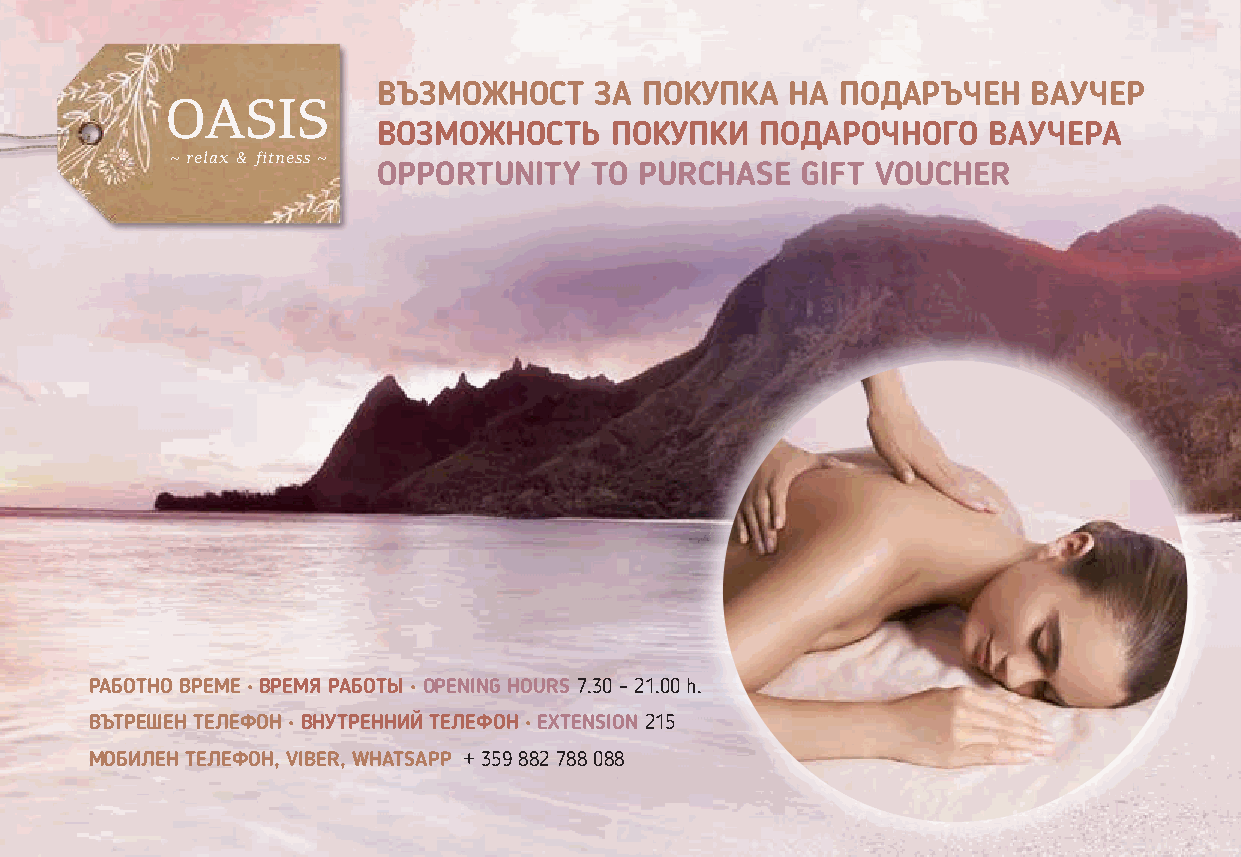
ВЪЗМОЖНОСТ    ЗА  ПОКУПКА  НА  ПОДАРЪЧЕН   ВАУЧЕР
 OASIS
 ВОЗМОЖНОСТЬ    ПОКУПКИ   ПОДАРОЧНОГО    ВАУЧЕРА
 ~ relax & fitness ~
 OPPORTUNITY   TO PURCHASE   GIFT VOUCHER
 РАБОТНО ВРЕМЕ • ВРЕМЯ РАБОТЫ • OPENING HOURS 7.30 – 21.00 h.
 ВЪТРЕШЕН ТЕЛЕФОН • ВНУТРЕННИЙ ТЕЛЕФОН • EXTENSION 215
 МОБИЛЕН ТЕЛЕФОН, VIBER, WHATSAPP + 359 882 788 088